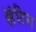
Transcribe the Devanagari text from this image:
लॅॅॅटिन